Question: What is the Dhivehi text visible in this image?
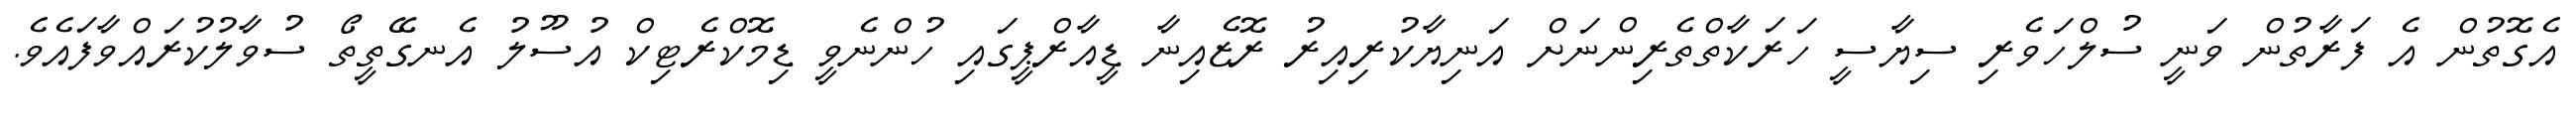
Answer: އެގޮތުން އެ ފަރާތުން ވަނީ ސުލްހަވެރި ސިޔާސީ ހަރަކާތްތެރިންނަށް އަނިޔާކުރިއިރު ރޮޒެއިނާ ޑީއާރްޕީގައި ހުންނެވީ ޑިމޮކްރެޓިކް އުސޫލު އެނގޭތީތޯ ސުވާލުކުރައްވާފައެވެ.